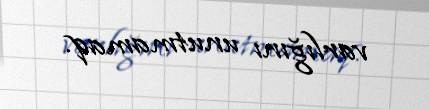
varlığını unutmamaq.